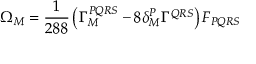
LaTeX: \Omega _ { M } = { \frac { 1 } { 2 8 8 } } \left( \Gamma _ { M } ^ { P Q R S } - 8 \delta _ { M } ^ { P } \Gamma ^ { Q R S } \right) F _ { P Q R S }